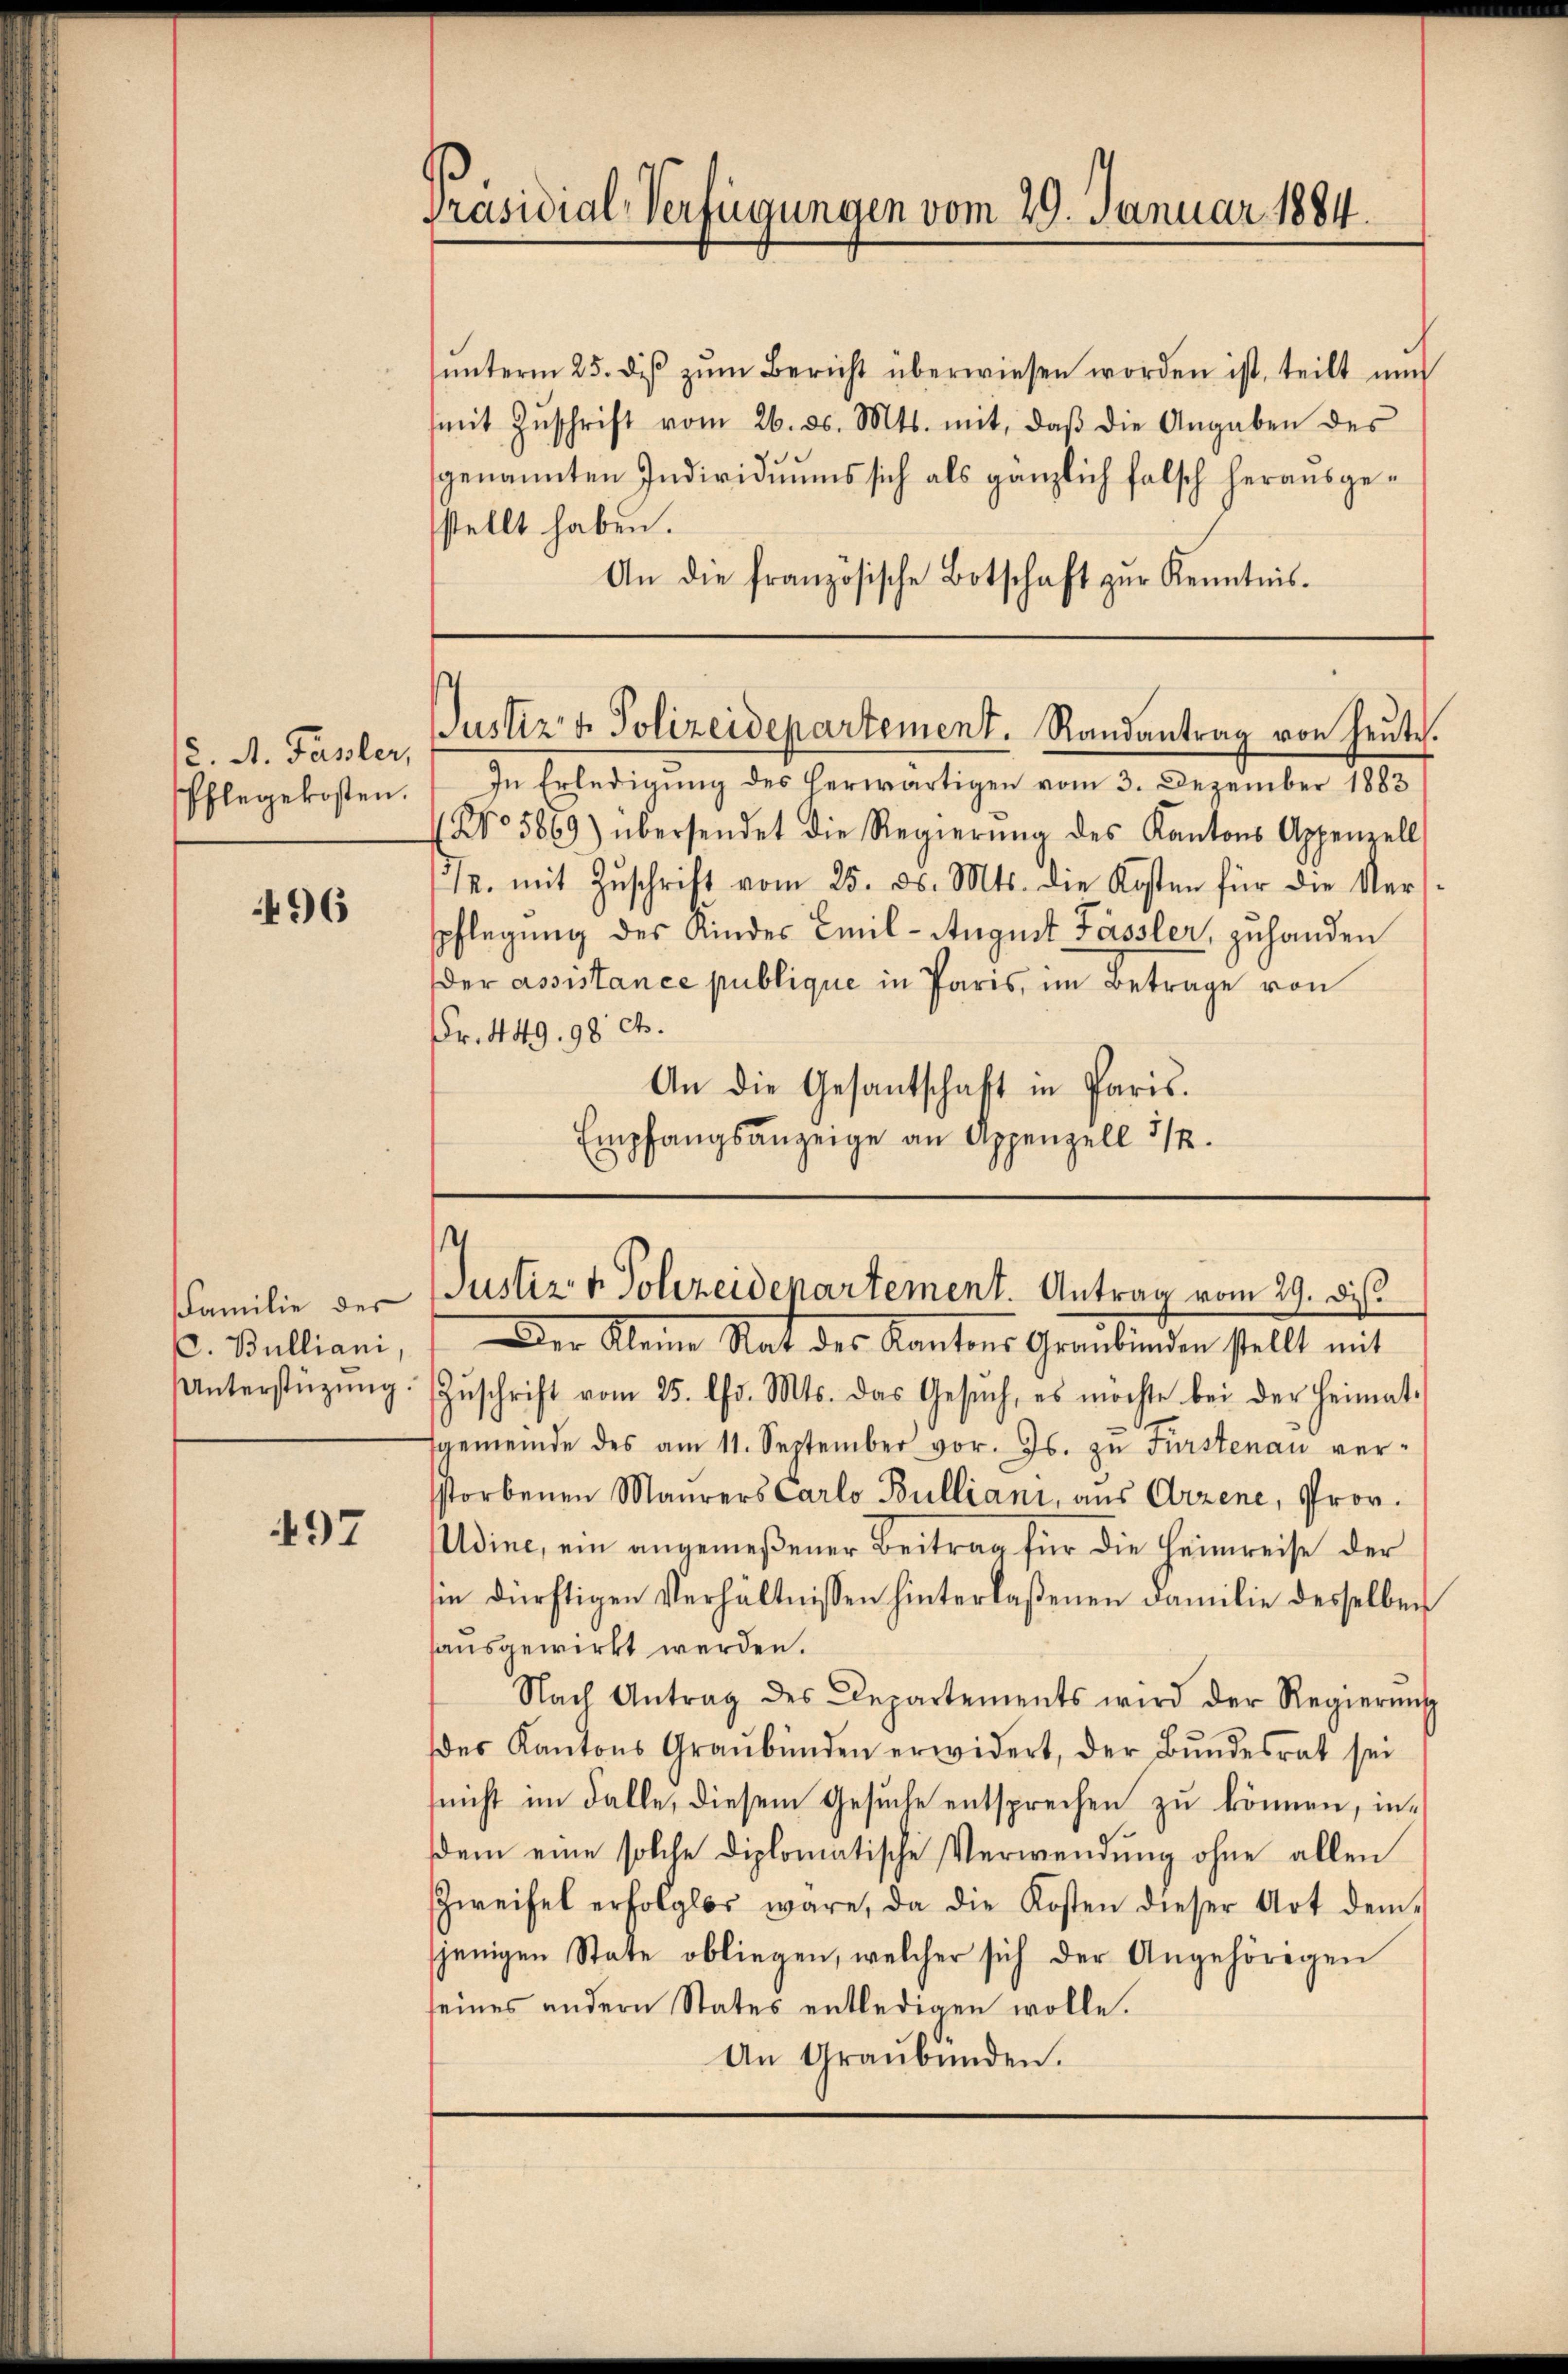
(2. A. Fassler,
Pflegekosten.

496

Familie der
. Bulliani,

497

Präsidial-Verfügungen vom 29. Januar 1884.

ŭnterm 25. diβ zŭm Bericht überwiesen worden ist, teilt un
mit Zŭschrift vom 26. ds. Mts. mit, daβ die Angaben des
genannten Individuums sich als gänzlich falsch herausgestellt haben.
An die französische Botschaft zŭr Kenntnis.

Justiz & Polizeidepartement. Randantrag von heŭte.

In Erledigung des herwärtigen vom 3. Dezember 1883
No 5869) übersendet die Regierŭng des Kantons Appenzell
. mit Zŭschrift vom 25. ds. Mts. die Kosten für die Vers
spflegung des Kindes Emil-August Fässler, zuhanden
der assistance publique in Paris, im Betrage von
Fr. 449. 98. Ct.
An die Gesantschaft in Paris.
Empfangsanzeige an Appenzell 3/4.

s
Justiz & Polizeidepartement. Antrag vom 29. Di
Der Kleine Rat des Kantons Graubünden stellt mit

Unterstützŭng Zŭschrift vom 25. Chr. Mts. das Gesŭch, es möchte bei der Heimat-
fgemeinde des am 11. September vor. Js. zŭ Fürstenau ver-
storbenen Maurers Carlo Bulliani, aus Arzene, Prov.
Udine, ein angemeßener Beitrag für die Heimreise der
in dürftigen Verhältnissen hinterlaßenen Familie desselben
sausgewirkt werden.
Nach Antrag des Departements wird der Regierŭng
des Kantons Graubünden erwidert, der Bŭndesrat sei
(nicht im Falle, diesem Gesuche entsprechen zu können, insdem eine solche diplomatische Verwendung ohne allen
Zweifel erfolglos wäre, da die Kosten dieser Art dem
sjenigen State obliegen, welcher sich der Angehörigen
seines andern States entledigen wolle.
An Graubünden.